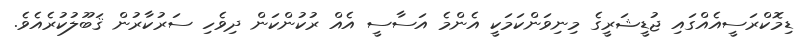
ޑިމޮކްރަސީއެއްގައި ޖުޑީޝަރީގެ މިނިވަންކަމަކީ އެންމެ އަސާސީ އެއް ރުކުންކަން ދިވެހި ސަރުކާރުން ޤަބޫލުކުރެއެވެ.